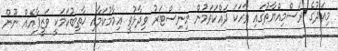
މިއަދުގެ ރަސްމިއްޔާތުގައި ވާހަކަ ދައްކަވަމުން މިނިސްޓަރު ވިދާޅުވީ އިމާމުކަމާއި ޚާތިބުކަމަކީ ވަޒީފާއެއް ނޫން